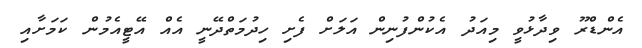
އެންޑްރޫ ވިދާޅުވީ މިއަދު އެކުންފުނިން އަލަށް ފެށި ހިދުމަތްދޭނީ އެއް އޭޓީއެމުން ކަމަށާއި